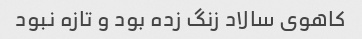
کاهوى سالاد زنگ زده بود و تازه نبود